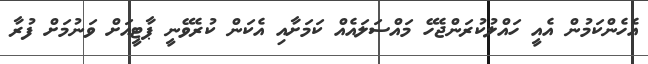
އެހެންކަމުން އެއީ ހައްލުކުރަންޖެހޭ މައްސަލައެއް ކަމަށާއި އެކަން ކުރެވޭނީ ޕާޓީއަށް ވަނުމަށް ފުރާ